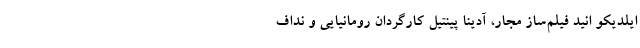
ایلدیکو انید فیلم‌ساز مجار، آدینا پینتیل کارگردان رومانیایی و نداف